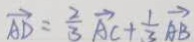
\overrightarrow { A D } = \frac { 2 } { 3 } \overrightarrow { A C } + \frac { 1 } { 3 } \overrightarrow { A B }